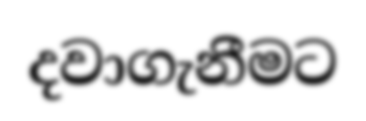
දවාගැනීමට